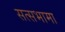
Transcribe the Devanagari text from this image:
सत्सभामा